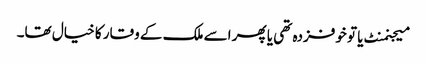
میجنمنٹ یا تو خوفزدہ تھی یا پھر اسے ملک کے وقار کا خیال تھا۔